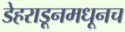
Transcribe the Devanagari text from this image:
डेहराडूनमधूनच